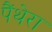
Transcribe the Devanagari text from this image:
पैंथेरा